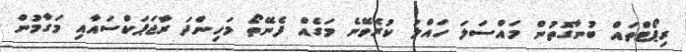
ރިޕޯޓްތައް ބުނާގޮތުން މައްސަލަ ހައްލު ކުރެވޭނެ މަގެއް ފެނޭތޯ މަހިންދަ ރާޖަޕަކްސައާއި މަގާމުން